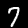
Digit: 7